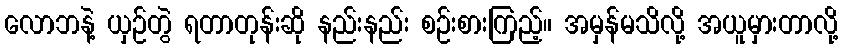
လောဘနဲ့ ယှဉ်တွဲ ရတာတုန်းဆို နည်းနည်း စဉ်းစားကြည့်။ အမှန်မသိလို့ အယူမှားတာလို့